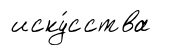
иску́сства